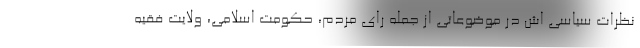
نظرات سیاسی اش در موضوعاتی از جمله رای مردم، حکومت اسلامی، ولایت فقیه